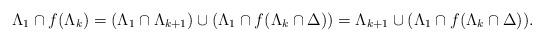
LaTeX: \begin{align*}\Lambda_1\cap f(\Lambda_k)=(\Lambda_1\cap \Lambda_{k+1})\cup(\Lambda_1\cap f(\Lambda_k\cap\Delta))=\Lambda_{k+1}\cup(\Lambda_1\cap f(\Lambda_k\cap\Delta)).\end{align*}